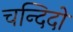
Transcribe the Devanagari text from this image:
चन्दिदो